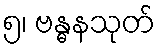
၅၊ ဗန္ဓနသုတ်